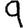
Digit: 9